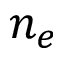
n _ { e }